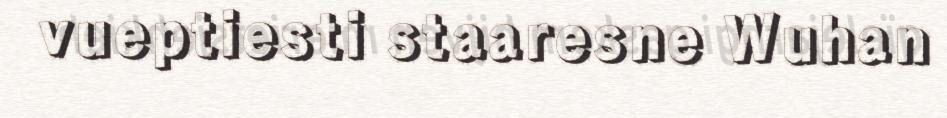
vueptiesti staaresne Wuhan